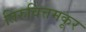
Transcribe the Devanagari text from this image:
तिरुवित्तमकूर